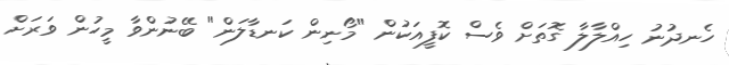
ހެނދުނު ހިއްލާލާ ގޮތަށް ވެސް ކޮފީއަކުން "މޯނިން ކަނޑާލަން" ބޭނުންވާ މީހުން ވަރަށް